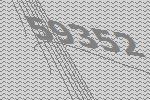
59352